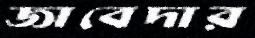
জাবেদার